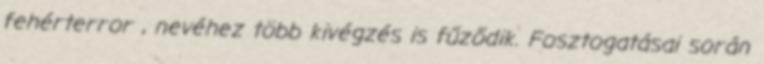
fehérterror , nevéhez több kivégzés is fűződik. Fosztogatásai során